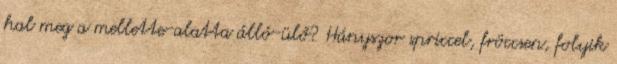
hal meg a mellette-alatta álló-ülő? Hányszor spriccel, fröccsen, folyik